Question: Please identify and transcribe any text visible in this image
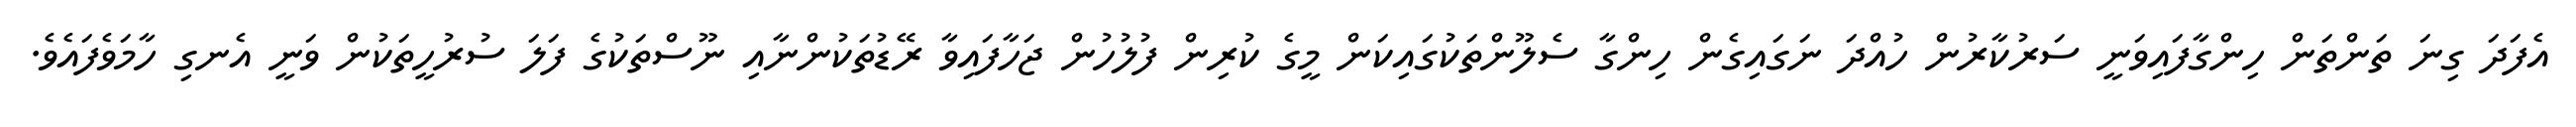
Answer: އެފަދަ ގިނަ ތަންތަން ހިންގާފައިވަނީ ސަރުކާރުން ހުއްދަ ނަގައިގެން ހިންގާ ސެލޫންތަކުގައިކަން މީގެ ކުރިން ފުލުހުން ޖަހާފައިވާ ރޭޑުތަކުންނާއި ނޫސްތަކުގެ ފަލަ ސުރުހީތަކުން ވަނީ އެނގި ހާމަވެފައެވެ.